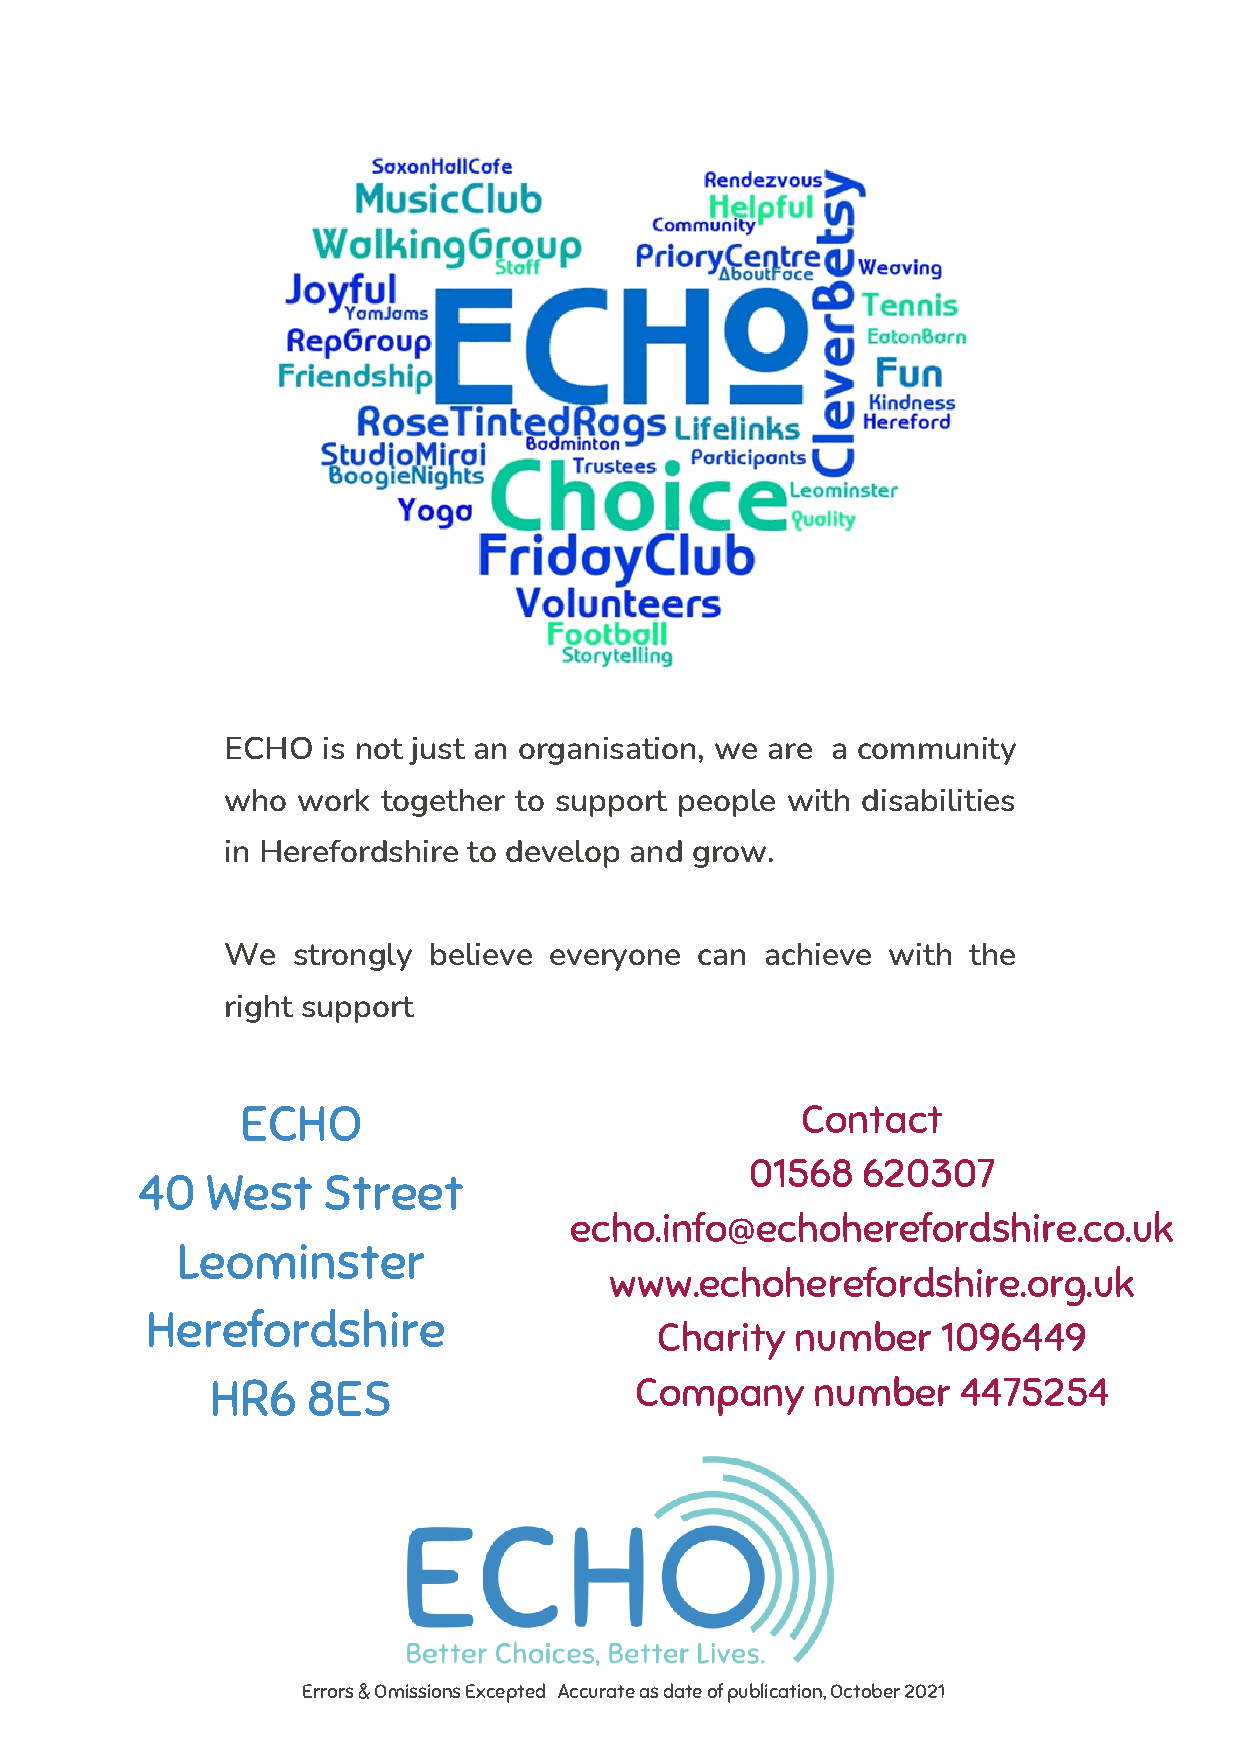
ECHO  is not just an organisation, we are a community
 who  work together to support people with disabilities
 in Herefordshire to develop and grow.
 We  strongly believe everyone  can  achieve with the
 right support
 ECHO                                 Contact
 01568  620307
 40   West   Street
 echo.info@echoherefordshire.co.uk
 Leominster
 www.echoherefordshire.org.uk
 Herefordshire
 Charity  number   1096449
 HR6   8ES                   Company     number    4475254
 FIGURE 1.
 According to Wikipedia, an
 annual report is a
 comprehensive report on a
 company's activities
 throughout the preceding
 year.
 Errors & Omissions Excepted Accurate as date of publication, October 2021